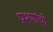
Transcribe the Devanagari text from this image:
प्रश्णांची